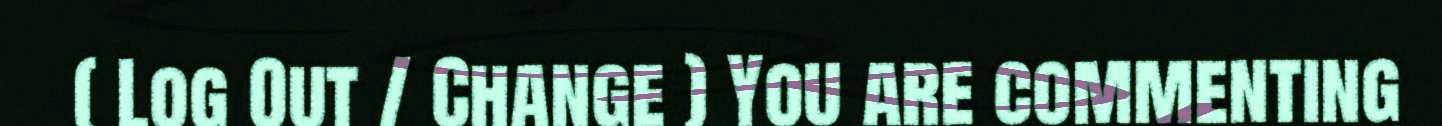
( Log Out / Change ) You are commenting